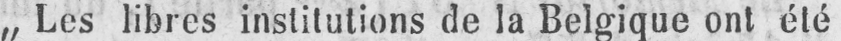
„Les libres institutions de la Belgique ont été